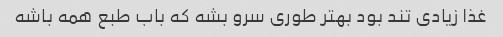
غذا زیادی تند بود بهتر طوری سرو بشه که باب طبع همه باشه